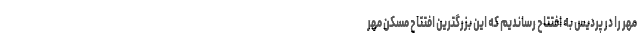
مهر را در پردیس به افتتاح رساندیم که این بزرگترین افتتاح مسکن مهر